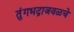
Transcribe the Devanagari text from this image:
तुंगभद्राजवळचे